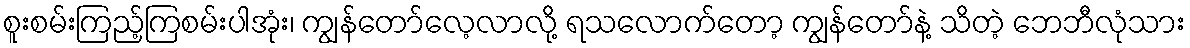
စူးစမ်းကြည့်ကြစမ်းပါအုံး၊ ကျွန်တော်လေ့လာလို့ ရသလောက်တော့ ကျွန်တော်နဲ့ သိတဲ့ ဘေဘီလုံသား